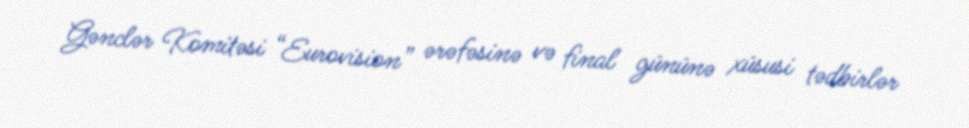
Gənclər Komitəsi “Eurovision” ərəfəsinə və final gününə xüsusi tədbirlər